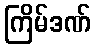
ကြိမ်ဒဏ်